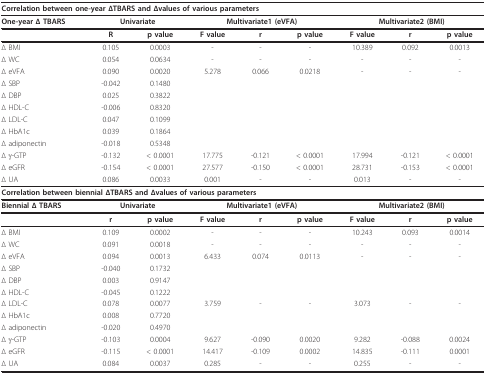
<table><thead><tr><td colspan="9"><b>Correlation between one-year ΔTBARS and Δvalues of various parameters</b></td></tr></thead><tbody><tr><td><b>One-year Δ TBARS</b></td><td colspan="2"><b>Univariate</b></td><td colspan="3"><b>Multivariate1 (eVFA)</b></td><td colspan="3"><b>Multivariate2 (BMI)</b></td></tr><tr><td></td><td><b>R</b></td><td><b>p value</b></td><td><b>F value</b></td><td><b>r</b></td><td><b>p value</b></td><td><b>F value</b></td><td><b>r</b></td><td><b>p value</b></td></tr><tr><td>Δ BMI</td><td>0.105</td><td>0.0003</td><td>-</td><td>-</td><td>-</td><td>10.389</td><td>0.092</td><td>0.0013</td></tr><tr><td>Δ WC</td><td>0.054</td><td>0.0634</td><td>-</td><td>-</td><td>-</td><td>-</td><td>-</td><td>-</td></tr><tr><td>Δ eVFA</td><td>0.090</td><td>0.0020</td><td>5.278</td><td>0.066</td><td>0.0218</td><td>-</td><td>-</td><td>-</td></tr><tr><td>Δ SBP</td><td>-0.042</td><td>0.1480</td><td></td><td></td><td></td><td></td><td></td><td></td></tr><tr><td>Δ DBP</td><td>0.025</td><td>0.3822</td><td></td><td></td><td></td><td></td><td></td><td></td></tr><tr><td>Δ HDL-C</td><td>-0.006</td><td>0.8320</td><td></td><td></td><td></td><td></td><td></td><td></td></tr><tr><td>Δ LDL-C</td><td>0.047</td><td>0.1099</td><td></td><td></td><td></td><td></td><td></td><td></td></tr><tr><td>Δ HbA1c</td><td>0.039</td><td>0.1864</td><td></td><td></td><td></td><td></td><td></td><td></td></tr><tr><td>Δ adiponectin</td><td>-0.018</td><td>0.5348</td><td></td><td></td><td></td><td></td><td></td><td></td></tr><tr><td>Δ γ-GTP</td><td>-0.132</td><td>&lt; 0.0001</td><td>17.775</td><td>-0.121</td><td>&lt; 0.0001</td><td>17.994</td><td>-0.121</td><td>&lt; 0.0001</td></tr><tr><td>Δ eGFR</td><td>-0.154</td><td>&lt; 0.0001</td><td>27.577</td><td>-0.150</td><td>&lt; 0.0001</td><td>28.731</td><td>-0.153</td><td>&lt; 0.0001</td></tr><tr><td>Δ UA</td><td>0.086</td><td>0.0033</td><td>0.001</td><td>-</td><td>-</td><td>0.013</td><td>-</td><td>-</td></tr><tr><td colspan="9"><b>Correlation between biennial ΔTBARS and Δvalues of various parameters</b></td></tr><tr><td><b>Biennial Δ TBARS</b></td><td colspan="2"><b>Univariate</b></td><td colspan="3"><b>Multivariate1 (eVFA)</b></td><td colspan="3"><b>Multivariate2 (BMI)</b></td></tr><tr><td></td><td><b>r</b></td><td><b>p value</b></td><td><b>F value</b></td><td><b>r</b></td><td><b>p value</b></td><td><b>F value</b></td><td><b>r</b></td><td><b>p value</b></td></tr><tr><td>Δ BMI</td><td>0.109</td><td>0.0002</td><td>-</td><td>-</td><td>-</td><td>10.243</td><td>0.093</td><td>0.0014</td></tr><tr><td>Δ WC</td><td>0.091</td><td>0.0018</td><td>-</td><td>-</td><td>-</td><td>-</td><td>-</td><td>-</td></tr><tr><td>Δ eVFA</td><td>0.094</td><td>0.0013</td><td>6.433</td><td>0.074</td><td>0.0113</td><td>-</td><td>-</td><td>-</td></tr><tr><td>Δ SBP</td><td>-0.040</td><td>0.1732</td><td></td><td></td><td></td><td></td><td></td><td></td></tr><tr><td>Δ DBP</td><td>0.003</td><td>0.9147</td><td></td><td></td><td></td><td></td><td></td><td></td></tr><tr><td>Δ HDL-C</td><td>-0.045</td><td>0.1222</td><td></td><td></td><td></td><td></td><td></td><td></td></tr><tr><td>Δ LDL-C</td><td>0.078</td><td>0.0077</td><td>3.759</td><td>-</td><td>-</td><td>3.073</td><td>-</td><td>-</td></tr><tr><td>Δ HbA1c</td><td>0.008</td><td>0.7720</td><td></td><td></td><td></td><td></td><td></td><td></td></tr><tr><td>Δ adiponectin</td><td>-0.020</td><td>0.4970</td><td></td><td></td><td></td><td></td><td></td><td></td></tr><tr><td>Δ γ-GTP</td><td>-0.103</td><td>0.0004</td><td>9.627</td><td>-0.090</td><td>0.0020</td><td>9.282</td><td>-0.088</td><td>0.0024</td></tr><tr><td>Δ eGFR</td><td>-0.115</td><td>&lt; 0.0001</td><td>14.417</td><td>-0.109</td><td>0.0002</td><td>14.835</td><td>-0.111</td><td>0.0001</td></tr><tr><td>Δ UA</td><td>0.084</td><td>0.0037</td><td>0.285</td><td>-</td><td>-</td><td>0.255</td><td>-</td><td>-</td></tr></tbody></table>